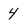
Character: 4